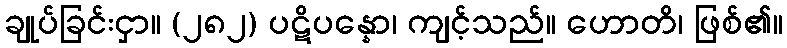
ချုပ်ခြင်းငှာ။ (၂၈၂) ပဋိပန္နော၊ ကျင့်သည်။ ဟောတိ၊ ဖြစ်၏။